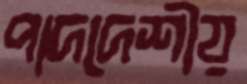
পাদদেশীয়